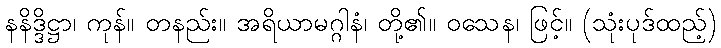
နနိဒ္ဒိဋ္ဌာ၊ ကုန်။ တနည်း။ အရိယာမဂ္ဂါနံ၊ တို့၏။ ဝသေန၊ ဖြင့်။ (သုံးပုဒ်ထည့်)